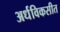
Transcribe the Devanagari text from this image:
अर्धविकसीत